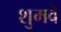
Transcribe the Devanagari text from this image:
शुमवे